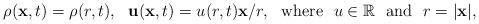
LaTeX: \begin{align*}\rho({\bf x}, t) = \rho(r, t), \ \ {\bf u}({\bf x}, t) = u(r, t) {\bf x} /r , \ \ {\rm where} \ \ u\in \mathbb{R} \ \ {\rm and} \ \ r=|{\bf x}|,\end{align*}